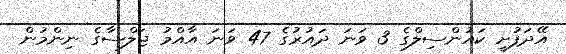
އޭދަފުށީ ކައުންސިލްގެ 3 ވަނަ ދައުރުގެ 47 ވަނަ އާއްމު ޖަލްސާގެ ނިންމުން